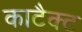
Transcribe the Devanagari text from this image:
काटैक्ट